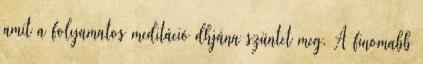
amit a folyamatos meditáció dhjána szüntet meg. A finomabb